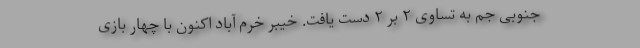
جنوبی جم به تساوی ۲ بر ۲ دست یافت. خیبر خرم آباد اکنون با چهار بازی